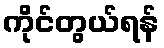
ကိုင်တွယ်ရန်